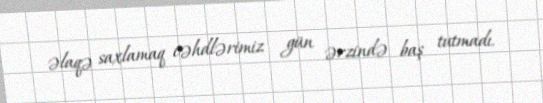
əlaqə saxlamaq cəhdlərimiz gün ərzində baş tutmadı.